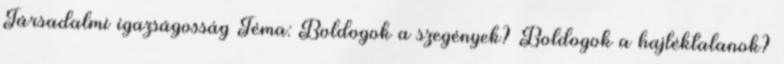
Társadalmi igazságosság Téma: Boldogok a szegények? Boldogok a hajléktalanok?